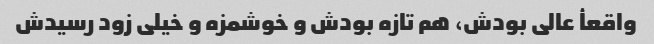
واقعأ عالی بودش، هم تازه بودش و خوشمزه و خیلی زود رسیدش